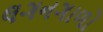
લગનગાળો